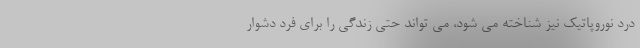
درد نوروپاتیک نیز شناخته می شود، می تواند حتی زندگی را برای فرد دشوار